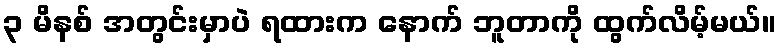
၃ မိနစ် အတွင်းမှာပဲ ရထားက နောက် ဘူတာကို ထွက်လိမ့်မယ်။